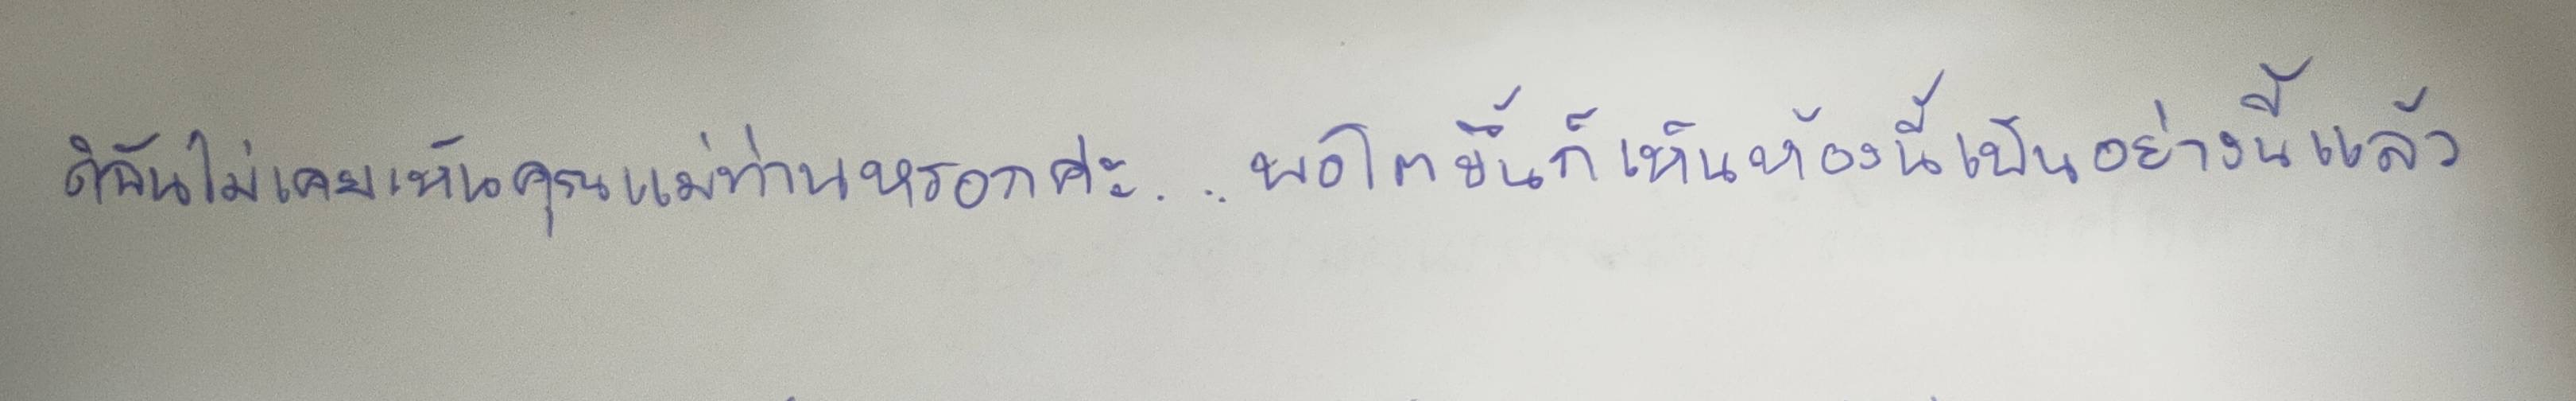
ดิฉันไม่เคยเห็นคุณแม่ท่านหรอกค่ะ....พอโตขึ้นก็เห็นห้องนี้เป็นอย่างนี้แล้ว